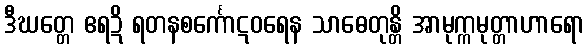
ဒီဃတ္တေ ဧရဍိ ရတနစင်္ကောဋဝရေန သာဓေတုန္တိ အာမုက္ကမုတ္တာဟာရော